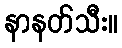
နာနတ်သီး။